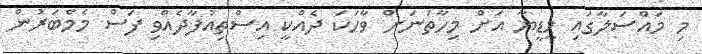
މި މައްސަލާގައި މީޑީޔާ އަށް މިހާތަނަށް ވާހަކަ ދެއްކީ އިސްތިއުފާދެއްވި ފަސް މެމްބަރުން